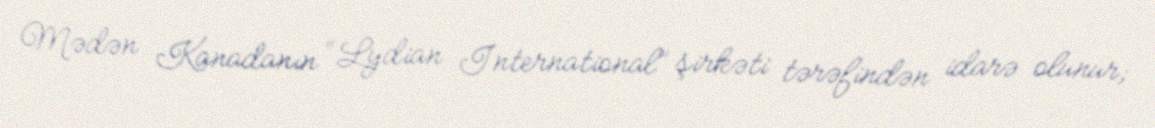
Mədən Kanadanın “Lydian International” şirkəti tərəfindən idarə olunur;